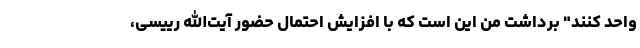
‌واحد کنند" برداشت من این است که با افزایش احتمال حضور آیت‌الله رییسی،